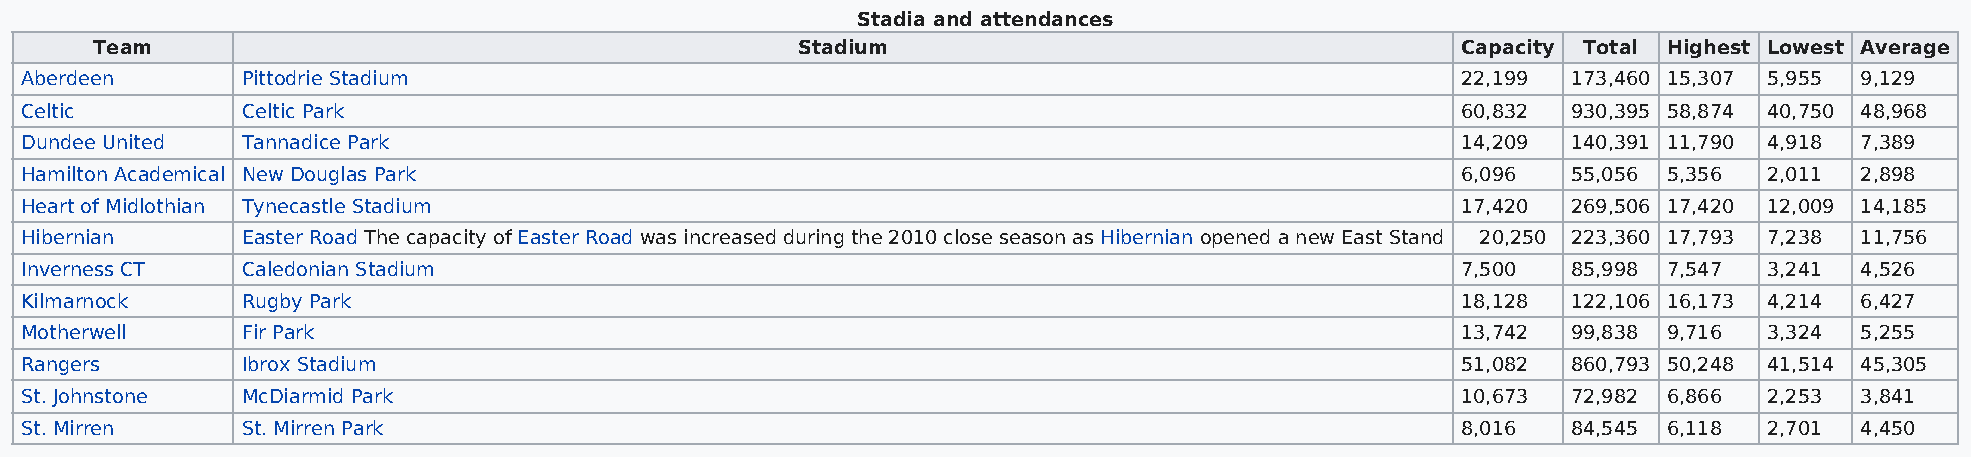
Stadia and attendances
 Team                                           Stadium                                     Capacity Total Highest Lowest Average
 Aberdeen       Pittodrie Stadium                                                                22,199 173,460 15,307 5,955 9,129
 Celtic         Celtic Park                                                                      60,832 930,395 58,874 40,750 48,968
 Dundee United  Tannadice Park                                                                   14,209 140,391 11,790 4,918 7,389
 Hamilton Academical New Douglas Park                                                            6,096  55,056 5,356 2,011 2,898
 Heart of Midlothian Tynecastle Stadium                                                          17,420 269,506 17,420 12,009 14,185
 Hibernian      Easter Road The capacity of Easter Road was increased during the 2010 close season as Hibernian opened a new East Stand 20,250 223,360 17,793 7,238 11,756
 Inverness CT   Caledonian Stadium                                                               7,500  85,998 7,547 3,241 4,526
 Kilmarnock     Rugby Park                                                                       18,128 122,106 16,173 4,214 6,427
 Motherwell     Fir Park                                                                         13,742 99,838 9,716 3,324 5,255
 Rangers        Ibrox Stadium                                                                    51,082 860,793 50,248 41,514 45,305
 St. Johnstone  McDiarmid Park                                                                   10,673 72,982 6,866 2,253 3,841
 St. Mirren     St. Mirren Park                                                                  8,016  84,545 6,118 2,701 4,450